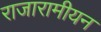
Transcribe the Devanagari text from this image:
राजारामीयन